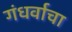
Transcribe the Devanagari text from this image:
गंधर्वाचा